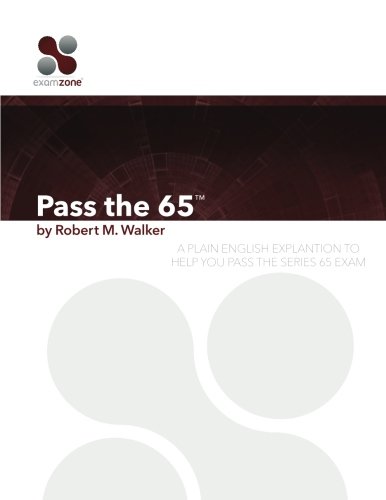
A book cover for Pass The 65: A Plain English Explanation To Help You Pass The Series 65 Exam; Robert M. Walker; Test Preparation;